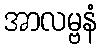
အာလမ္ဗနံ